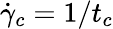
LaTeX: \dot{\gamma}_{c}=1/t_{c}